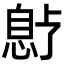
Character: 𫺱